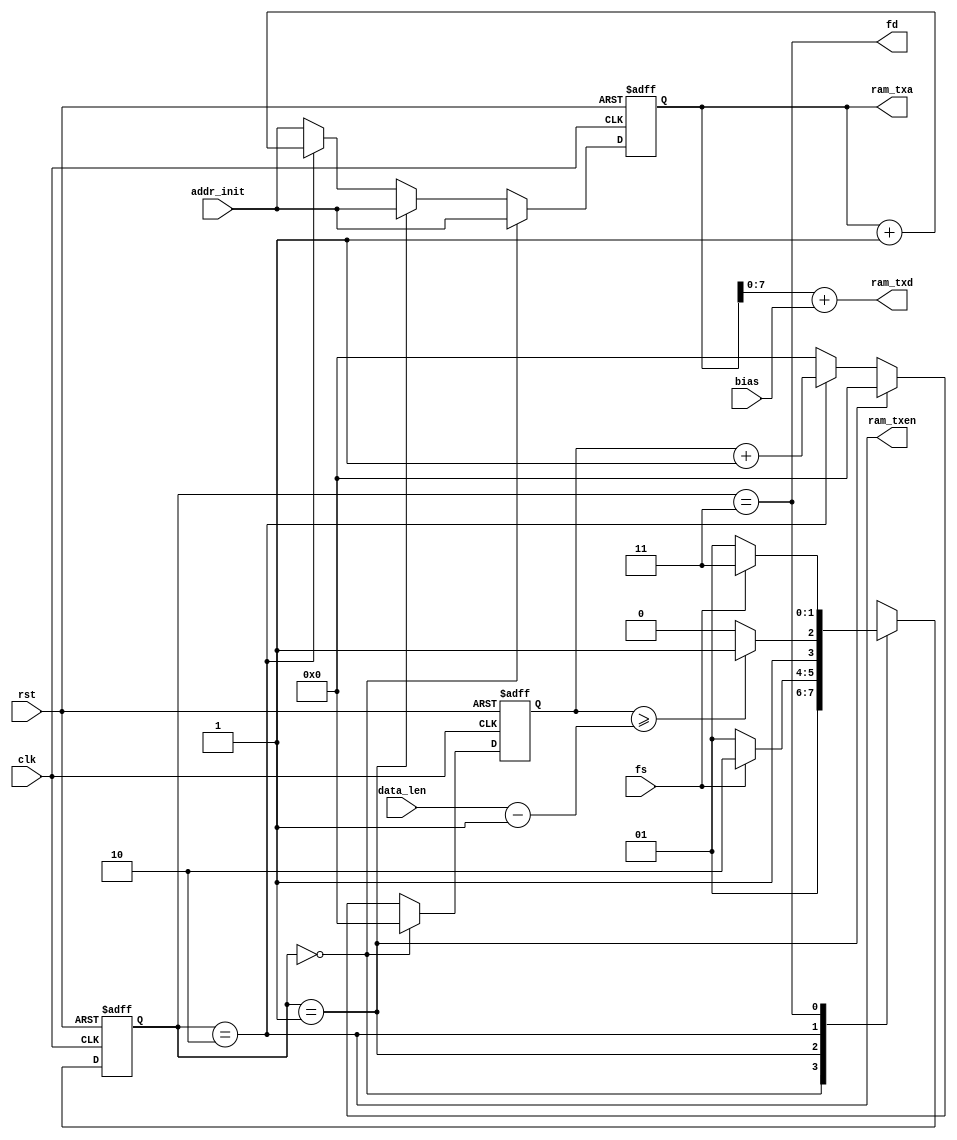
module ram_tx(
    input clk,
    input rst,

    input fs,
    output fd,

    input [7:0] bias,

    input [11:0] addr_init,
    input [11:0] data_len,

    output reg [11:0] ram_txa,
    output [7:0] ram_txd,
    output ram_txen
);

    reg [1:0] state, next_state;
    localparam IDLE = 2'b00, WAIT = 2'b01, WORK = 2'b10, DONE = 2'b11;

    reg [11:0] num;

    assign fd = (state == DONE);
    assign ram_txd = ram_txa[7:0] + bias;
    assign ram_txen = (state == WORK);

    always@(posedge clk or posedge rst) begin
        if(rst) state <= IDLE;
        else state <= next_state;
    end
    
    always@(*) begin
        case(state)
            IDLE: next_state <= WAIT;
            WAIT: begin
                if(fs) next_state <= WORK;
                else next_state <= WAIT;
            end
            WORK: begin
                if(num >= data_len - 1'b1) next_state <= DONE;
                else next_state <= WORK;
            end
            DONE: begin
                if(~fs) next_state <= WAIT;
                else next_state <= DONE;
            end
            default: next_state <= IDLE;
        endcase
    end

    always@ (posedge clk or posedge rst) begin
        if(rst) ram_txa <= 12'h000;
        else if(state == IDLE) ram_txa <= addr_init;
        else if(state == WAIT) ram_txa <= addr_init;
        else if(state == WORK) ram_txa <= ram_txa + 1'b1;
        else ram_txa <= addr_init;
    end

    always@(posedge clk or posedge rst) begin
        if(rst) num <= 12'h000;
        else if(state == IDLE) num <= 12'h000;
        else if(state == WAIT) num <= 12'h000;
        else if(state == WORK) num <= num + 1'b1;
        else num <= 12'h000;
    end


    



endmodule